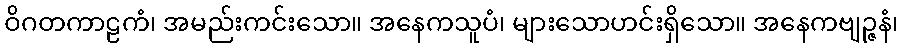
ဝိဂတကာဠကံ၊ အမည်းကင်းသော။ အနေကသူပံ၊ များသောဟင်းရှိသော။ အနေကဗျဉ္ဇနံ၊